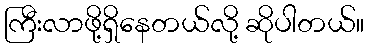
ကြီးလာဖို့ရှိနေတယ်လို့ ဆိုပါတယ်။